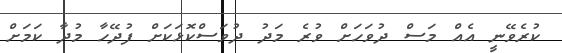
ކުރެވޭނީ އެއް މަސް ދުވަހަށް ވުރެ މަދު ދުވަސްކޮޅަކަށް ފުދޭހާ މުދާ ކަމަށް